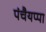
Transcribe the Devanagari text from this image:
पंचैयप्पा